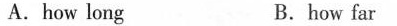
A.how long B.how far